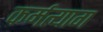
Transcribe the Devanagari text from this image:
कर्मत्याग